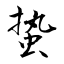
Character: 蛰